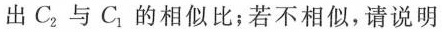
出C_{2}与C_{1}的相似比；若不相似，请说明